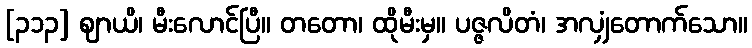
[၃၁၃] ဈာယိ၊ မီးလောင်ပြီ။ တတော၊ ထိုမီးမှ။ ပဇ္ဇလိတံ၊ အလျှံတောက်သော။